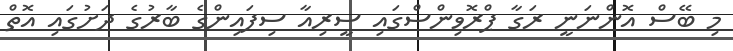
މި ބޭސް އޮންނަނީ ރަގާ ޕްރޮވިންސްގައި ސީރިއާ ސިފައިންގެ ބާރުގެ ދަށުގައި އޮތް